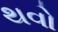
થવો